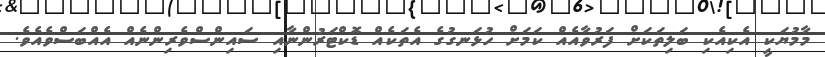
މާމުޔަކީ އެކިއެކި ބަލިތަކަށް ފަރުވާއެއް ކަމަށް ހުޅަނގުގެ އެތަކެއް ޑޮކްޓަރުންނާއި ސައިންސްވެރިންނެއް އެއްބަސްވެއެވެ.